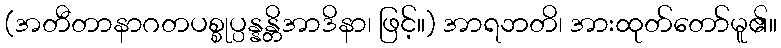
(အတီတာနာဂတပစ္စုပ္ပန္နန္တိအာဒိနာ၊ ဖြင့်။) အာရဘတိ၊ အားထုတ်တော်မူ၏။